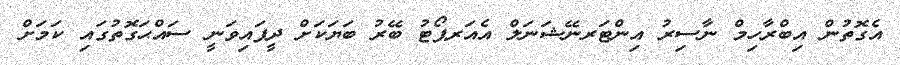
އެގޮތުން އިބްރާހިމް ނާސިރު އިންޓަރނޭޝަނަލް އެއަރޕޯޓު ބޭރު ބަޔަކަށް ދީފައިވަނީ ސައްޙަގޮތުގައި ކަމަށް